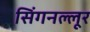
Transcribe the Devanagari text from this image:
सिंगनल्लूर